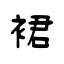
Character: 裙